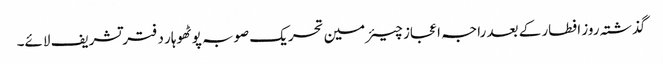
گذشتہ روز افطار کے بعد راجہ اعجاز چیئرمین تحریک صوبہ پوٹھوہار دفتر تشریف لائے۔